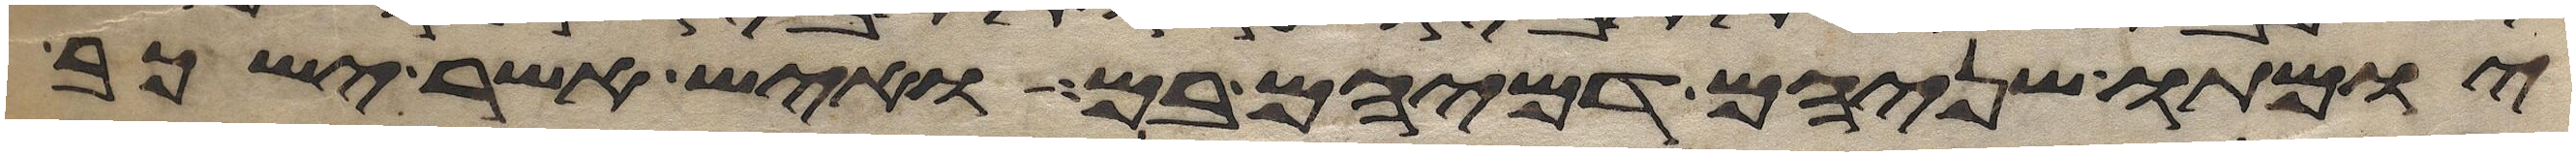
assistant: יומתו שניהם דמיהם בם ואיש אשר ישכב